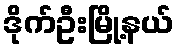
ဒိုက်ဦးမြို့နယ်